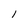
Character: 1